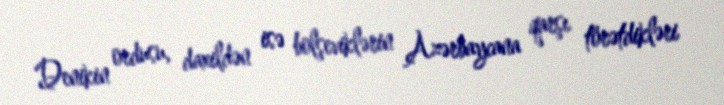
Denikin ordusu, daxildən isə bolşeviklərin Azərbaycana qarşı törətdikləri